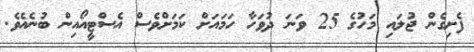
ފެށިގެން ޖުލައި މަހުގެ 25 ވަނަ ދުވަހާ ހަމައަށް ކަމަށްވެސް އެސްޓީއޯއިން ބުނެއެވެ.